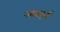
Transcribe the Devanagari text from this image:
महत्वपूर्ण